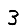
Digit: 3